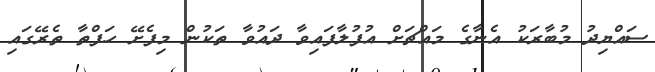
ސައްޔިދު މުބާރަކު އެނާގެ މައްޗަށް އުފުލާފައިވާ ދައުވާ ތަކުން މިފެށޭ ހަފްތާ ތެރޭގައި